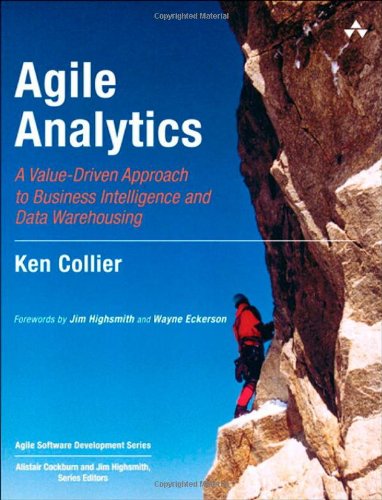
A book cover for Agile Analytics: A Value-Driven Approach to Business Intelligence and Data Warehousing (Agile Software Development Series); Ken W. Collier; Computers & Technology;